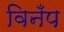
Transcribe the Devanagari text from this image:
विनँप